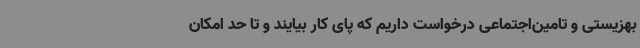
بهزیستی و تامین‌اجتماعی درخواست داریم که پای کار بیایند و تا حد امکان